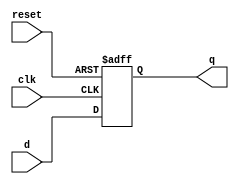
module dff_reset (
   input wire d,
   input wire clk,
   input wire reset,
   output reg q
);

always @(posedge clk or posedge reset)
begin
    if (reset) 
        q <= 1'b0;  // reset to 0 when reset is active
    else
        q <= d;  // update q based on d input on rising edge of clock
end

endmodule